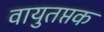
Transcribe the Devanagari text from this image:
वायुतप्तक